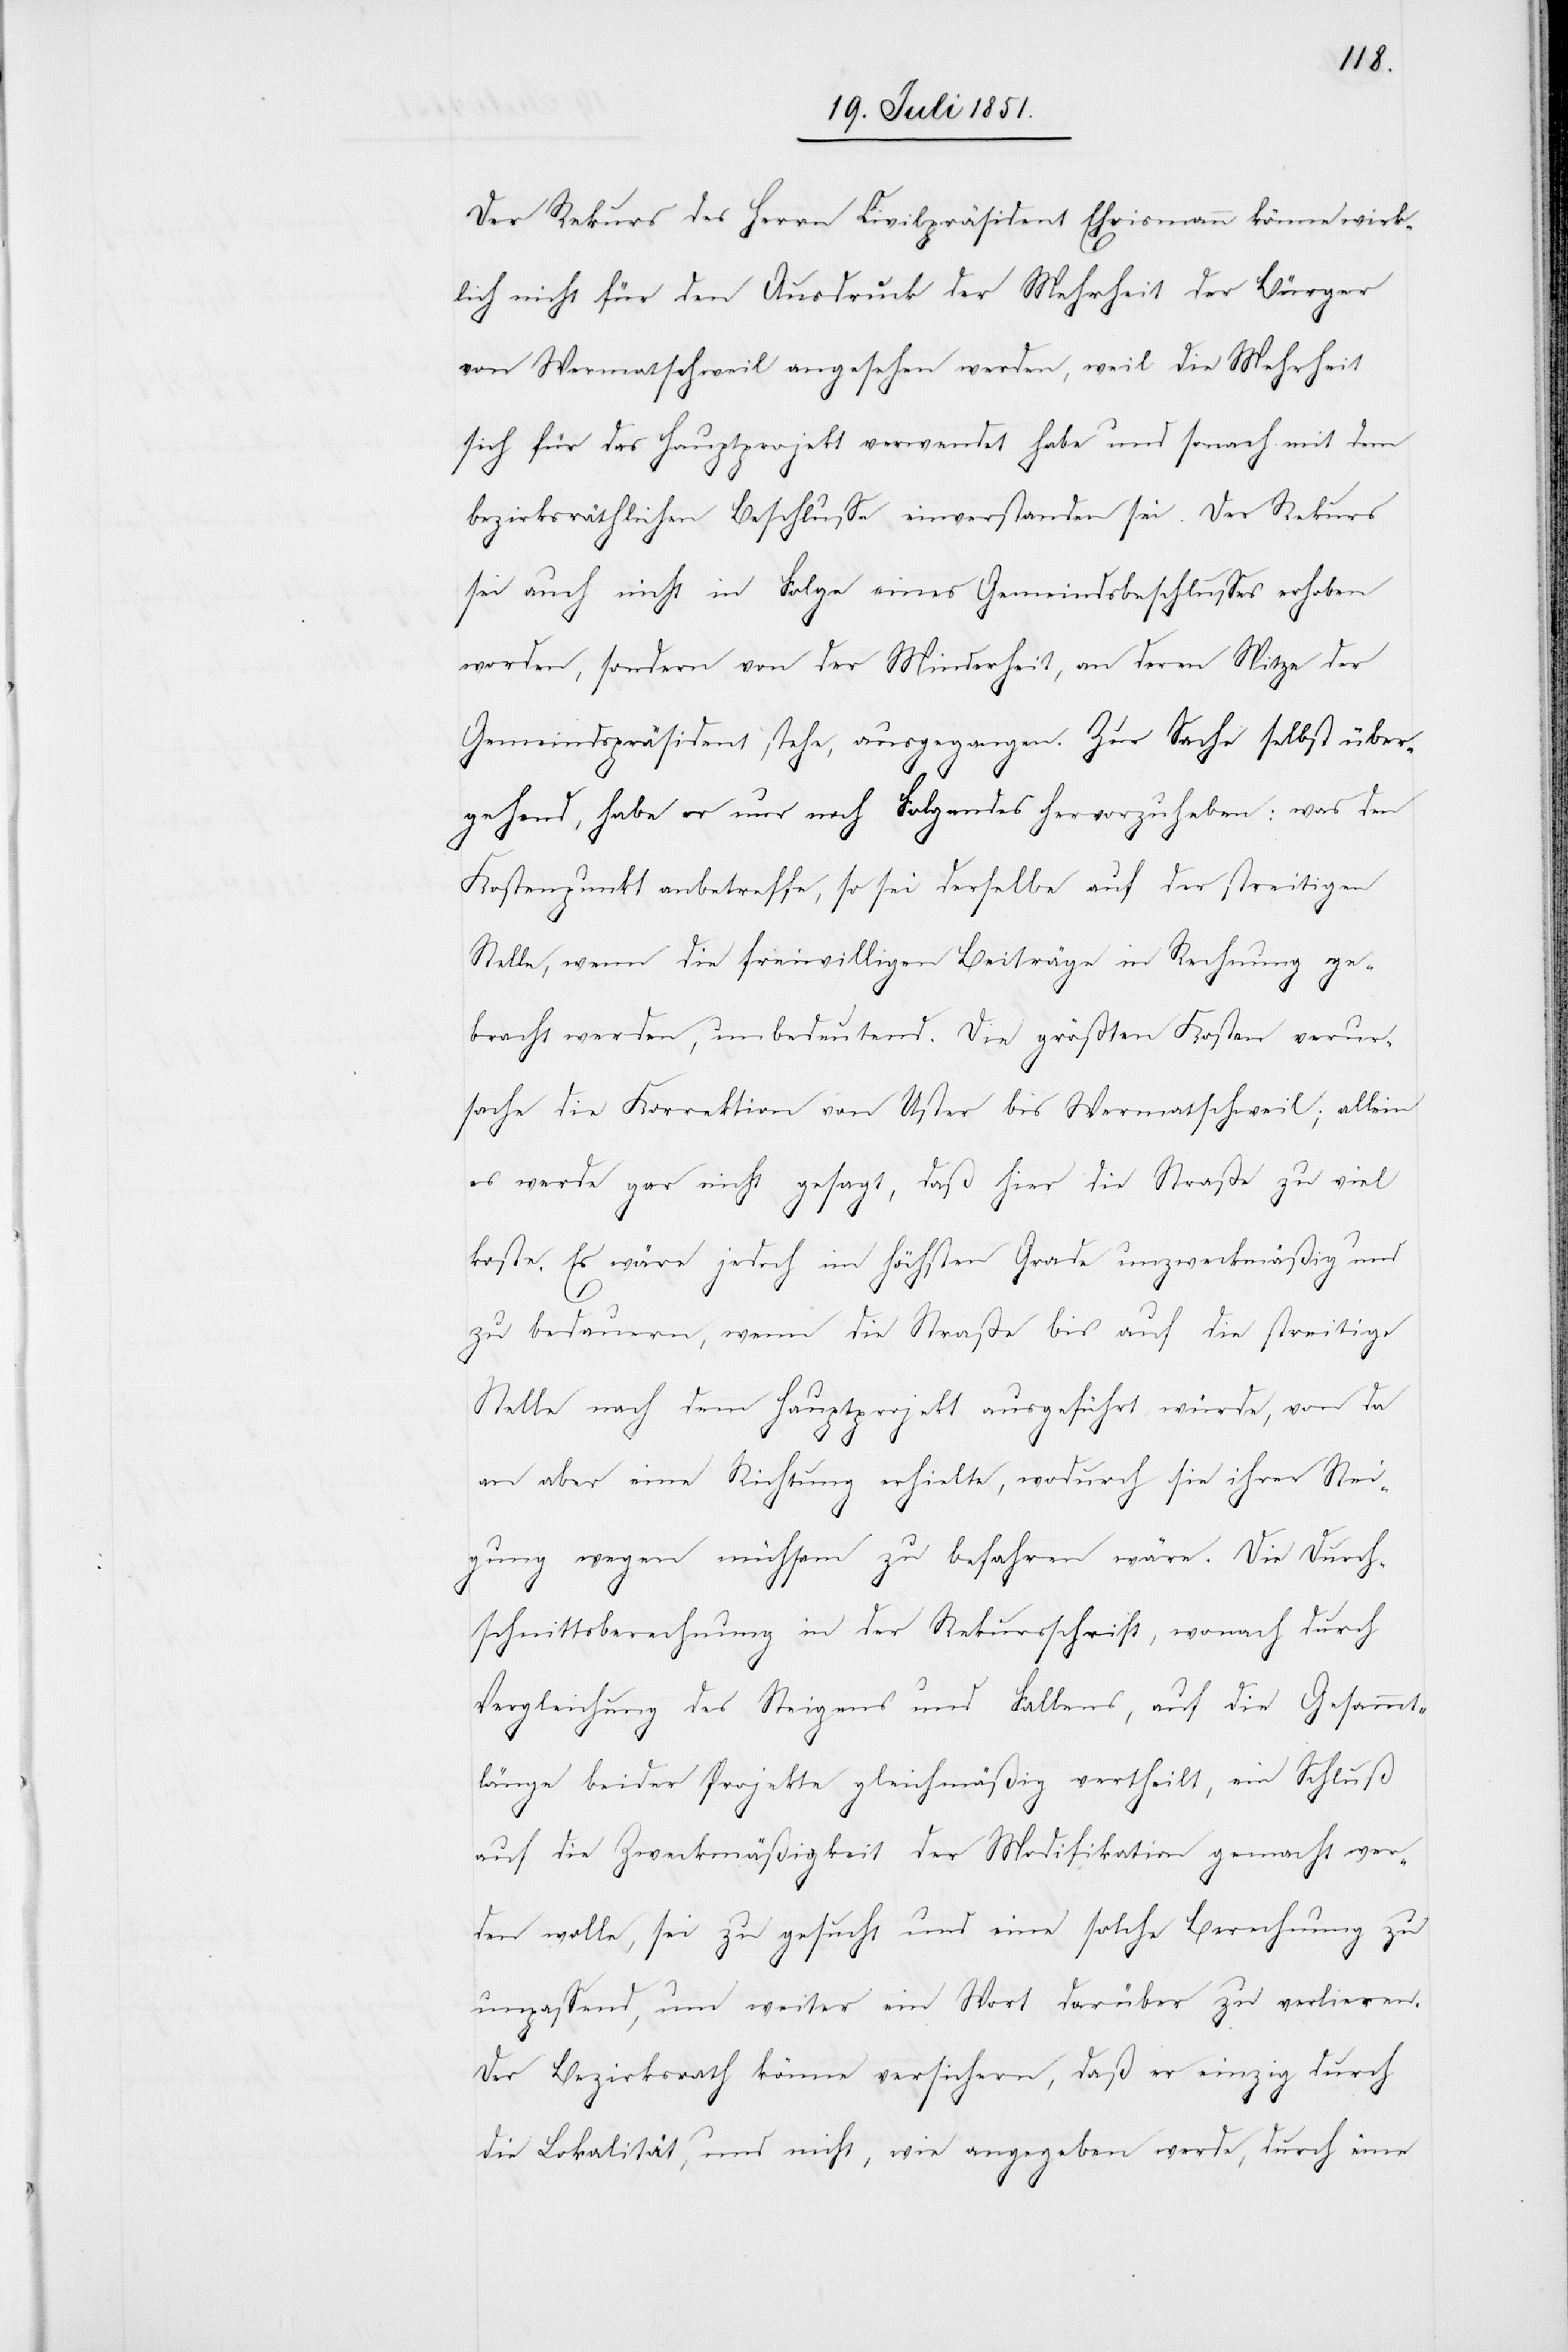
Der Rekurs des Herrn Civilpräsident Ehrismann könne wirk¬
lich nicht für den Ausdruck der Mehrheit der Bürger
von Wermatschweil angesehen werden, weil die Mehrheit
sich für das Hauptprojekt verwendet habe und sonach mit dem
bezirksräthlichen Beschlusse einverstanden sei. Der Rekurs
sei auch nicht in Folge eines Gemeindsbeschlusses erhoben
worden, sondern von der Minderheit, an deren Spitze der
Gemeindspräsident stehe, ausgegangen. Zur Sache selbst über¬
gehend, habe er nur noch Folgendes hervorzuheben: was den
Kostenpunkt anbetreffe, so sei derselbe auf der streitigen
Stelle, wenn die freiwilligen Beiträge in Rechnung ge¬
bracht werden, unbedeutend. Die größten Kosten verur¬
sache die Korrektion von Uster bis Wermatschweil; allein
es werde gar nicht gesagt, daß hier die Straße zu viel
koste. Es wäre jedoch im höchsten Grade unzweckmäßig und
zu bedauern, wenn die Straße bis auf die streitige
Stelle nach dem Hauptprojekt ausgeführt würde, von da
an aber eine Richtung erhielte, wodurch sie ihrer Stei¬
gung wegen mühsam zu befahren wäre. Die Durch¬
schnittsberechnung in der Rekursschrift, wonach durch
Vergleichung des Steigens und Fallens, auf die Gesammt¬
länge beider Projekte gleichmäßig vertheilt, ein Schluß
auf die Zweckmäßigkeit der Modifikation gemacht wer¬
den wolle, sei zu gesucht und eine solche Berechnung zu
unpassend, um weiter ein Wort darüber zu verlieren.
Der Bezirksrath könne versichern, daß er einzig durch
die Lokalität, und nicht, wie angegeben werde, durch eine